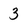
Character: 3